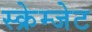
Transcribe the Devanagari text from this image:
स्क्रेम्जेट